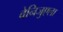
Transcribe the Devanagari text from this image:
वेनिजुएला